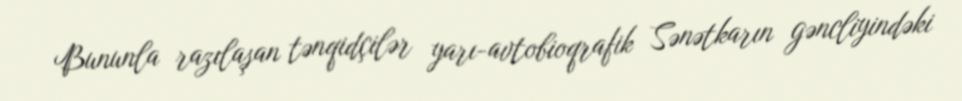
Bununla razılaşan tənqidçilər yarı-avtobioqrafik Sənətkarın gəncliyindəki